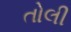
તોલી